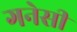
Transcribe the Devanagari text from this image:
गनेसी